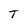
Character: T